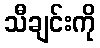
သီချင်းကို